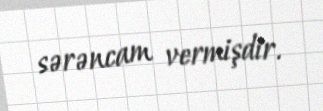
sərəncam vermişdir.